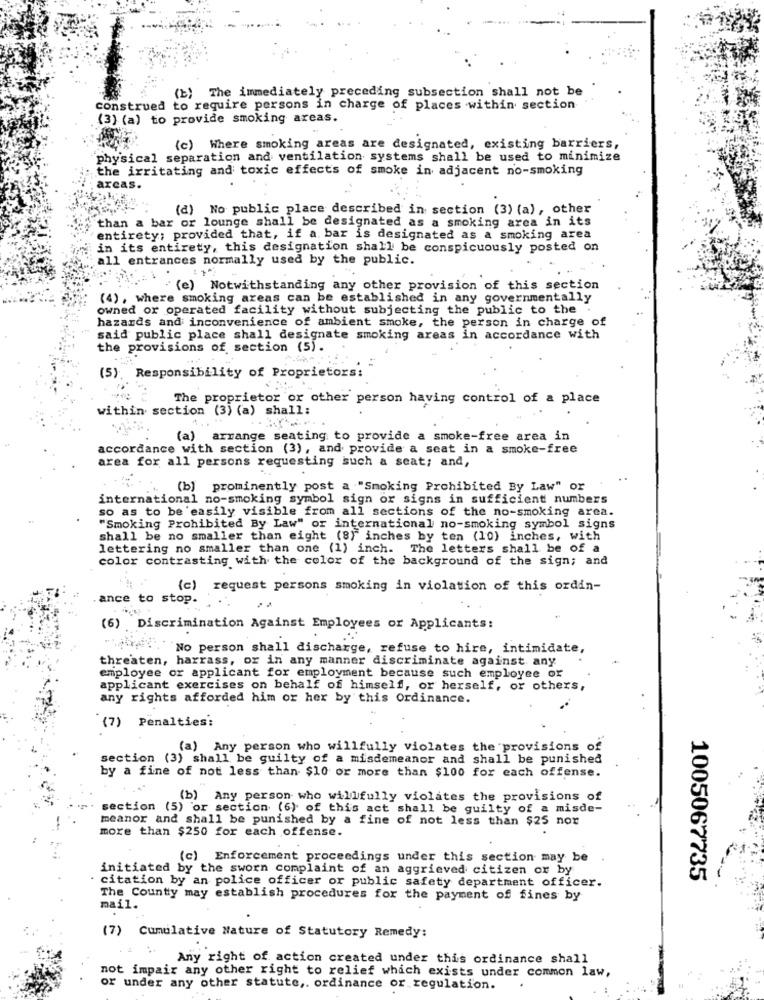
(b) The immediately preceding subsection shall not be
construed to require persons in charge of places within section
(3) (a) to provide smoking areas.
(c) Where smoking areas are designated, existing barriers,
physical separation and ventilation systems shall be used to minimize
the irritating and toxic effects of smoke in adjacent no-smoking
arcas.
(d) No public place described in section (3) (a), other
than a bar or lounge shall be designated as a smoking area in its
entirety; provided that, if a. bar is designated as a smoking area
in its entirety, this designation shall be conspicuously posted on
all entrances normally used by the public.
(e) Notwithstanding any other provision of this section
(4), where smoking areas can be established in any governmentally
owned or operated facility without subjecting the public to the .
hazards and inconvenience of ambient smoke, the person in charge of
said public place shall designate smoking areas in accordance with
the provisions of section (5).
(5). Responsibility of Proprietors:
The proprietor or other person having control of a place
within section (3) (a) shall:
(a) arrange seating to provide a smoke-free area in
accordance with section (3), and provide a seat in a smoke-free
area for all persons requesting such a seat; and,
(b) prominently post a "Smoking Prohibited By Law" or
international no-smoking symbol sign or signs in sufficient numbers
so as to be easily visible from all sections of the no-smoking area.
"Smoking Prohibited By Law" or international no-smoking symbol signs
shall be no smaller than eight (8} inches by ten (10) inches, with
lettering no smaller than one (1) inch. The letters shall be of a
color contrasting with the color of the background of the sign; and
(c) request persons smoking in violation of this ordin-
ance to stop.
(6) Discrimination Against Employees or Applicants:
No person shall discharge, refuse to hire, intimidate,
threaten, harrass, or in any manner discriminate against any
employee or applicant for employment because such employee or
applicant exercises on behalf of himself, or herself, or others,
any rights afforded him or her by this Ordinance.
(7) Penalties:
(a) Any person who willfully violates the provisions of
section (3) shall be guilty of a misdemeanor and shall be punished
by a fine of not less than $10 or more than $100 for each offense.
(b) Any person who willfully violates the provisions of
section (5) or section (6) of this act shall be guilty of a misde-
meanor and shall be punished by a fine of not less than $25 nor
more than $250 for each offense.
(c) Enforcement proceedings under this section may be
initiated by the sworn complaint of an aggrieved citizen or by
citation by an police officer or public safety department officer.
1005067735
The County may establish procedures for the payment of fines by
mail.
(7) Cumulative Nature of Statutory Remedy:
Any right of action created under this ordinance shall
not impair any other right to relief which exists under common law,
or under any other statute ,. ordinance or regulation.